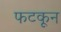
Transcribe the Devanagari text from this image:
फटकून